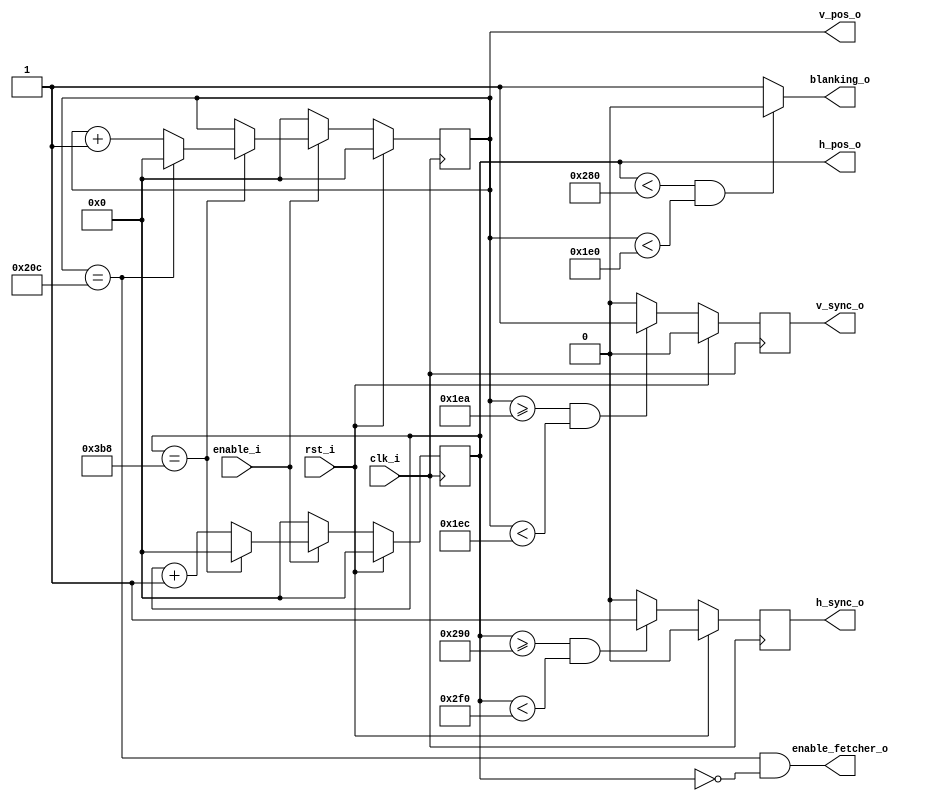
//-----------------------------------------------------------------
// Copyright (c) 2021, admin@ultra-embedded.com
// All rights reserved.
// 
// Redistribution and use in source and binary forms, with or without
// modification, are permitted provided that the following conditions 
// are met:
//   - Redistributions of source code must retain the above copyright
//     notice, this list of conditions and the following disclaimer.
//   - Redistributions in binary form must reproduce the above copyright
//     notice, this list of conditions and the following disclaimer 
//     in the documentation and/or other materials provided with the 
//     distribution.
//   - Neither the name of the author nor the names of its contributors 
//     may be used to endorse or promote products derived from this 
//     software without specific prior written permission.
// 
// THIS SOFTWARE IS PROVIDED BY THE COPYRIGHT HOLDERS AND CONTRIBUTORS 
// "AS IS" AND ANY EXPRESS OR IMPLIED WARRANTIES, INCLUDING, BUT NOT 
// LIMITED TO, THE IMPLIED WARRANTIES OF MERCHANTABILITY AND FITNESS FOR 
// A PARTICULAR PURPOSE ARE DISCLAIMED. IN NO EVENT SHALL THE AUTHOR BE 
// LIABLE FOR ANY DIRECT, INDIRECT, INCIDENTAL, SPECIAL, EXEMPLARY, OR 
// CONSEQUENTIAL DAMAGES (INCLUDING, BUT NOT LIMITED TO, PROCUREMENT OF 
// SUBSTITUTE GOODS OR SERVICES; LOSS OF USE, DATA, OR PROFITS; OR 
// BUSINESS INTERRUPTION) HOWEVER CAUSED AND ON ANY THEORY OF 
// LIABILITY, WHETHER IN CONTRACT, STRICT LIABILITY, OR TORT
// (INCLUDING NEGLIGENCE OR OTHERWISE) ARISING IN ANY WAY OUT OF 
// THE USE OF THIS SOFTWARE, EVEN IF ADVISED OF THE POSSIBILITY OF 
// SUCH DAMAGE.
//-----------------------------------------------------------------
module dvi_fb_psf_timing
//-----------------------------------------------------------------
// Params
//-----------------------------------------------------------------
#(
     parameter VIDEO_WIDTH      = 640
    ,parameter VIDEO_HEIGHT     = 480
    ,parameter VIDEO_REFRESH    = 60
)
//-----------------------------------------------------------------
// Ports
//-----------------------------------------------------------------
(
    // Inputs
     input           clk_i
    ,input           rst_i
    ,input           enable_i

    // Outputs
    ,output          h_sync_o
    ,output          v_sync_o
    ,output          blanking_o
    ,output [ 11:0]  h_pos_o
    ,output [ 11:0]  v_pos_o
    ,output          enable_fetcher_o
);

//-----------------------------------------------------------------
// Timings
//-----------------------------------------------------------------
localparam H_REZ         = VIDEO_WIDTH;
localparam V_REZ         = VIDEO_HEIGHT;
localparam CLK_MHZ       = (VIDEO_WIDTH == 640 && VIDEO_REFRESH == 60)  ? 25.175 :
                           (VIDEO_WIDTH == 640 && VIDEO_REFRESH == 85)  ? 36 :
                           (VIDEO_WIDTH == 800 && VIDEO_REFRESH == 72)  ? 50.00  :
                           (VIDEO_WIDTH == 1280 && VIDEO_REFRESH == 50) ? 60.00  :
                           (VIDEO_WIDTH == 1280 && VIDEO_REFRESH == 60) ? 74.25  :
                           (VIDEO_WIDTH == 1920 && VIDEO_REFRESH == 60) ? 148.5  :
                                                                          0;
localparam H_SYNC_START  = (VIDEO_WIDTH == 640 && VIDEO_REFRESH == 60)  ? 656 :
                           (VIDEO_WIDTH == 640 && VIDEO_REFRESH == 85)  ? 672 :
                           (VIDEO_WIDTH == 800 && VIDEO_REFRESH == 72)  ? 856 :
                           (VIDEO_WIDTH == 1280 && VIDEO_REFRESH == 50) ? 1328:
                           (VIDEO_WIDTH == 1280 && VIDEO_REFRESH == 60) ? 1390:
                           (VIDEO_WIDTH == 1920 && VIDEO_REFRESH == 60) ? 2008:
                                                                          0;
localparam H_SYNC_END    = (VIDEO_WIDTH == 640 && VIDEO_REFRESH == 60)  ? 752 :
                           (VIDEO_WIDTH == 640 && VIDEO_REFRESH == 85)  ? 720 :
                           (VIDEO_WIDTH == 800 && VIDEO_REFRESH == 72)  ? 976 :
                           (VIDEO_WIDTH == 1280 && VIDEO_REFRESH == 50) ? 1456:
                           (VIDEO_WIDTH == 1280 && VIDEO_REFRESH == 60) ? 1430:
                           (VIDEO_WIDTH == 1920 && VIDEO_REFRESH == 60) ? 2052:
                                                                          0;
localparam H_MAX         = (VIDEO_WIDTH == 640 && VIDEO_REFRESH == 60)  ? 952 :
                           (VIDEO_WIDTH == 640 && VIDEO_REFRESH == 85)  ? 832 :
                           (VIDEO_WIDTH == 800 && VIDEO_REFRESH == 72)  ? 1040:
                           (VIDEO_WIDTH == 1280 && VIDEO_REFRESH == 50) ? 1632:
                           (VIDEO_WIDTH == 1280 && VIDEO_REFRESH == 60) ? 1650:
                           (VIDEO_WIDTH == 1920 && VIDEO_REFRESH == 60) ? 2200:
                                                                          0;
localparam V_SYNC_START  = (VIDEO_HEIGHT == 480 && VIDEO_REFRESH == 60) ? 490 :
                           (VIDEO_HEIGHT == 480 && VIDEO_REFRESH == 85) ? 490 :
                           (VIDEO_HEIGHT == 600 && VIDEO_REFRESH == 72) ? 637 :
                           (VIDEO_HEIGHT == 720 && VIDEO_REFRESH == 50) ? 721 :
                           (VIDEO_HEIGHT == 720 && VIDEO_REFRESH == 60) ? 725 :
                           (VIDEO_HEIGHT == 1080 && VIDEO_REFRESH == 60)? 1084 :
                                                                          0;
localparam V_SYNC_END    = (VIDEO_HEIGHT == 480 && VIDEO_REFRESH == 60) ? 492 :
                           (VIDEO_HEIGHT == 480 && VIDEO_REFRESH == 85) ? 492 :
                           (VIDEO_HEIGHT == 600 && VIDEO_REFRESH == 72) ? 643 :
                           (VIDEO_HEIGHT == 720 && VIDEO_REFRESH == 50) ? 724 :
                           (VIDEO_HEIGHT == 720 && VIDEO_REFRESH == 60) ? 730 :
                           (VIDEO_HEIGHT == 1080 && VIDEO_REFRESH == 60)? 1089:
                                                                          0;
localparam V_MAX         = (VIDEO_HEIGHT == 480 && VIDEO_REFRESH == 60) ? 524 :
                           (VIDEO_HEIGHT == 480 && VIDEO_REFRESH == 85) ? 525 :
                           (VIDEO_HEIGHT == 600 && VIDEO_REFRESH == 72) ? 666 :
                           (VIDEO_HEIGHT == 720 && VIDEO_REFRESH == 50) ? 741 :
                           (VIDEO_HEIGHT == 720 && VIDEO_REFRESH == 60) ? 750 :
                           (VIDEO_HEIGHT == 1080 && VIDEO_REFRESH == 60)? 1125:
                                                                          0;

//-----------------------------------------------------------------
// HSYNC, VSYNC
//-----------------------------------------------------------------
reg [11:0] h_pos_q;
reg [11:0] v_pos_q;
reg        h_sync_q;
reg        v_sync_q;

always @ (posedge clk_i )
if (rst_i)
    h_pos_q  <= 12'b0;
else if (!enable_i)
    h_pos_q  <= 12'b0;
else if (h_pos_q == H_MAX)
    h_pos_q  <= 12'b0;
else
    h_pos_q  <= h_pos_q + 12'd1;

always @ (posedge clk_i )
if (rst_i)
    v_pos_q  <= 12'b0;
else if (!enable_i)
    v_pos_q  <= 12'b0; 
else if (h_pos_q == H_MAX)
begin
    if (v_pos_q == V_MAX)
        v_pos_q  <= 12'b0;
    else
        v_pos_q  <= v_pos_q + 12'd1;
end

always @ (posedge clk_i )
if (rst_i)
    h_sync_q  <= 1'b0;
else if (h_pos_q >= H_SYNC_START && h_pos_q < H_SYNC_END)
    h_sync_q  <= 1'b1;
else
    h_sync_q  <= 1'b0;

assign h_sync_o = h_sync_q;

always @ (posedge clk_i )
if (rst_i)
    v_sync_q  <= 1'b0;
else if (v_pos_q >= V_SYNC_START && v_pos_q < V_SYNC_END)
    v_sync_q  <= 1'b1;
else
    v_sync_q  <= 1'b0;

assign v_sync_o   = v_sync_q;

assign blanking_o = (h_pos_q < H_REZ && v_pos_q < V_REZ) ? 1'b0 : 1'b1;
assign h_pos_o    = h_pos_q;
assign v_pos_o    = v_pos_q;

// Nearly the start of the next frame, start prefetching pixels from memory
assign enable_fetcher_o = (v_pos_q == V_MAX) && (h_pos_o == 12'b0);

endmodule